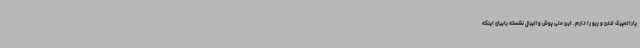
پارالمپیک لندن و ریو را دارم. این ملی پوش والیبال نشسته بابیان اینکه